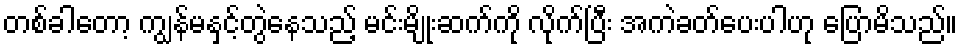
တစ်ခါတော့ ကျွန်မနှင့်တွဲနေသည့် မင်းမျိုးဆက်ကို လိုက်ပြီး အကဲခတ်ပေးပါဟု ပြောမိသည်။